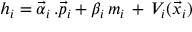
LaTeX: h _ { i } = \vec { \alpha } _ { i } \, . \vec { p } _ { i } + \beta _ { i } \, m _ { i } \, + \, V _ { i } ( \vec { x } _ { i } )